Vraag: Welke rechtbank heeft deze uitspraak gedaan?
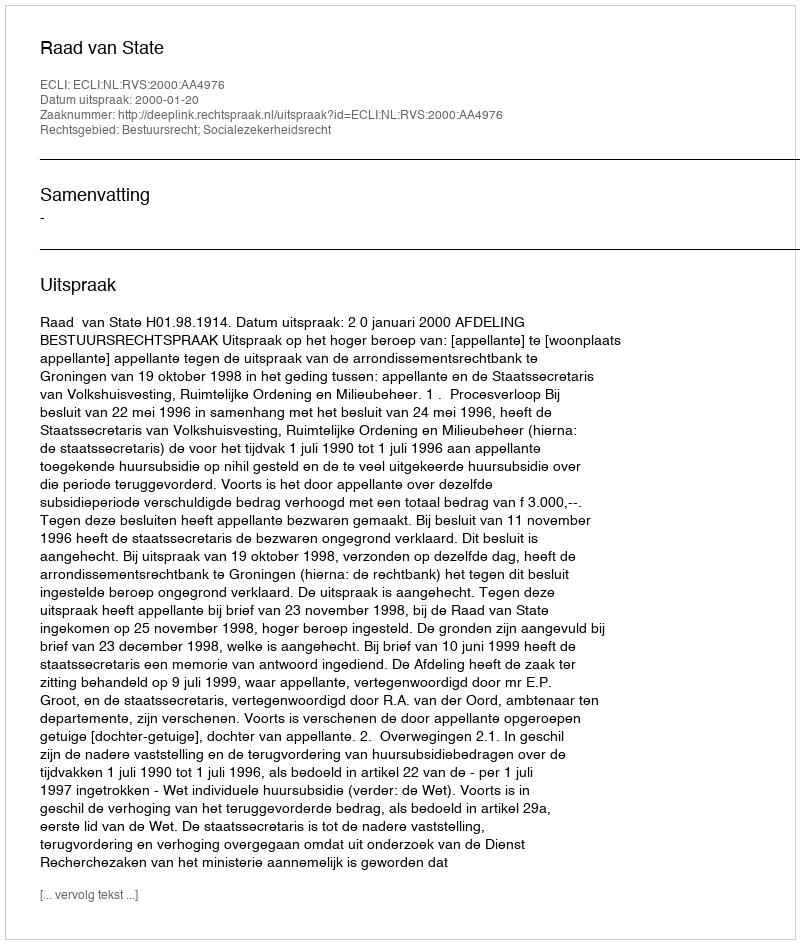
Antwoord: Raad van State